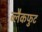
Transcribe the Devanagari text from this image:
ब्लैकफुट